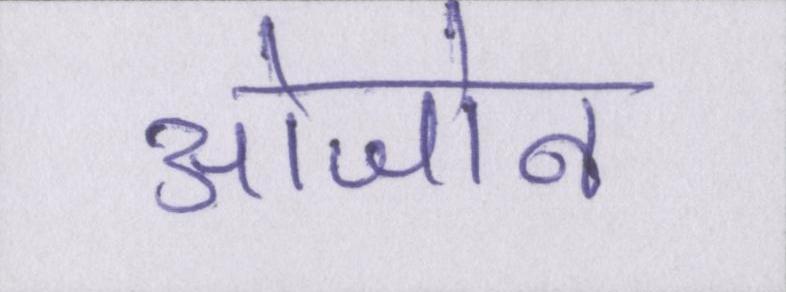
ओजोन